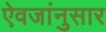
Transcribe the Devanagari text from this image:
ऐवजांनुसार